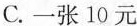
C.一张10元